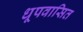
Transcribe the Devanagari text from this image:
धूपवासित